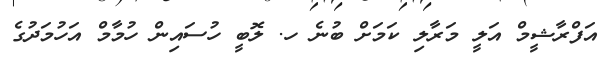
އަފްރާޝީމް އަލީ މަރާލި ކަމަށް ބުނެ ހ. ލޮބީ ހުސައިން ހުމާމް އަހުމަދުގެ